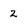
Character: 2